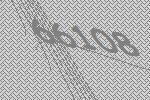
66108